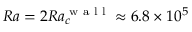
R a = 2 R a _ { c } ^ { \textrm { w a l l } } \approx 6 . 8 \times 1 0 ^ { 5 }